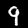
Label: 9